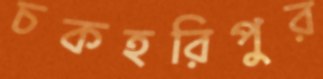
চকহরিপুর